Black-water fever - Number 35
Disease focus: Fever
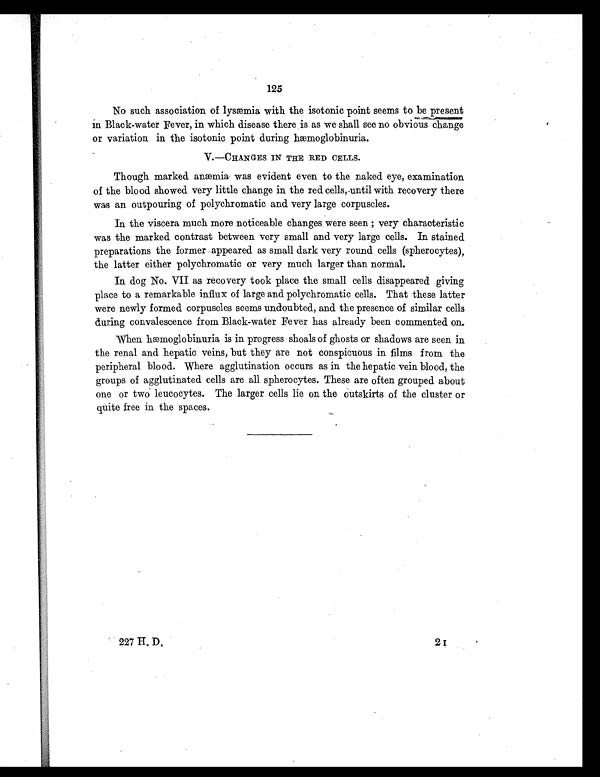
125
No such association of lysæmia with the isotonic point seems to be present
in Black-water Fever, in which disease there is as we shall see no obvious change
or variation in the isotonic point during hæmoglobinuria.
V.—CHANGES IN THE RED CELLS.
Though marked anæmia was evident even to the naked eye, examination
of the blood showed very little change in the red cells,until with recovery there
was an outpouring of polychromatic and very large corpuscles.
In the viscera much more noticeable changes were seen ; very characteristic
was the marked contrast between very small and very large cells. In stained
preparations the former appeared as small dark very round cells (spherocytes),
the latter either polychromatic or very much larger than normal.
In dog No. VII as recovery took place the small cells disappeared giving
place to a remarkable influx of large and polychromatic cells. That these latter
were newly formed corpuscles seems undoubted, and the presence of similar cells
during convalescence from Black-water Fever has already been commented on.
When hæmoglobinuria is in progress shoals of ghosts or shadows are seen in
the renal and hepatic veins, but they are not conspicuous in films from the
peripheral blood. Where agglutination occurs as in the hepatic vein blood, the
groups of agglutinated cells are all spherocytes. These are often grouped about
one or two leucocytes. The larger cells lie on the outskirts of the cluster or
quite free in the spaces.
227 H. D.
21227 IL D.